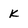
Character: k